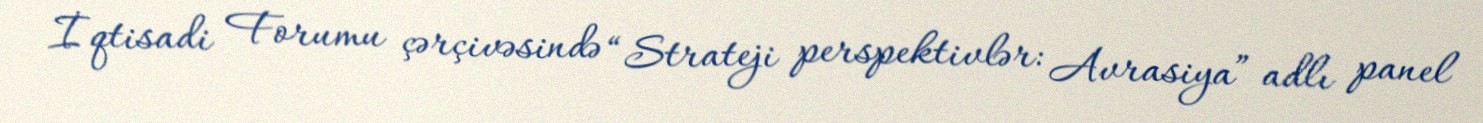
İqtisadi Forumu çərçivəsində “Strateji perspektivlər: Avrasiya” adlı panel